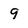
Character: 9